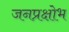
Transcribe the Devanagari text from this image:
जनप्रक्षोभ